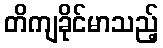
တိကျခိုင်မာသည့်